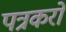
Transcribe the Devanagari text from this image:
पत्रकरों